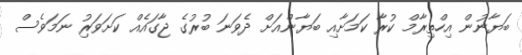
ބަޔާނުން އިހްތިރާމް ކުރާ ކަމަށާއި ބަޔާންއަށް ދެވަނަ ބުރުގެ ޖާގައެއް ކަށަވަރުި ނަމަވެސް